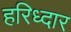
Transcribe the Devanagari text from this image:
हरिध्दार